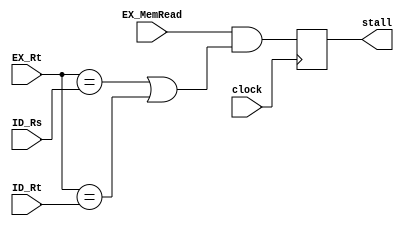
`timescale 1ns / 1ps
//////////////////////////////////////////////////////////////////////////////////
// Company: 
// Engineer: 
// 
// Design Name: 
// Module Name: Hazard_detection
// Project Name: 
// Target Devices: 
// Tool Versions: 
// Description: 
// 
// Dependencies: 
// 
// Revision:
// Revision 0.01 - File Created
// Additional Comments:
// 
//////////////////////////////////////////////////////////////////////////////////


module Hazard_detection(clock, EX_Rt, ID_Rs, ID_Rt, EX_MemRead, stall);
    input clock;
    input [4:0] EX_Rt;
    input [4:0] ID_Rs;
    input [4:0] ID_Rt;
    input EX_MemRead;
    output reg stall;
    initial begin
        stall = 0;
    end
    always @(posedge clock)
    begin
        stall = EX_MemRead &&((EX_Rt==ID_Rs) || (EX_Rt==ID_Rt));
    end
endmodule